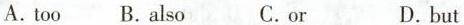
A.too B.Also C.or D.but